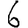
Digit: 6